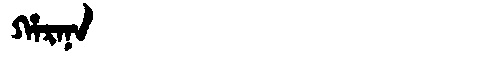
Manchu: ᡥᠠᡵᠠᠨᠠ
Romanization: HARANA